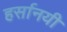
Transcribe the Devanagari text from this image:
हर्सानयी